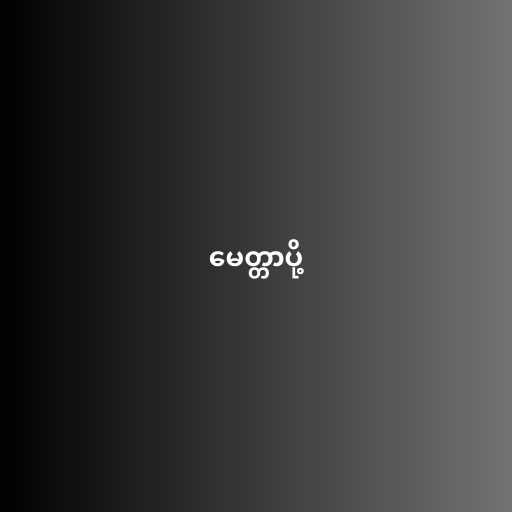
မေတ္တာပို့